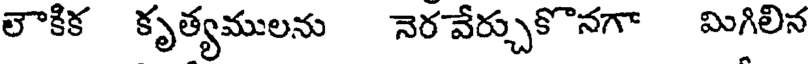
లౌకిక కృత్యములను నెర వేర్చుకొనగా మిగిలిన